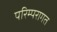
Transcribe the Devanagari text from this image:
परिम्परागत